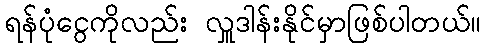
ရန်ပုံငွေကိုလည်း လှူဒါန်းနိုင်မှာဖြစ်ပါတယ်။